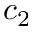
c _ { 2 }